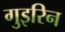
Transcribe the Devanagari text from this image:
गुइरिन